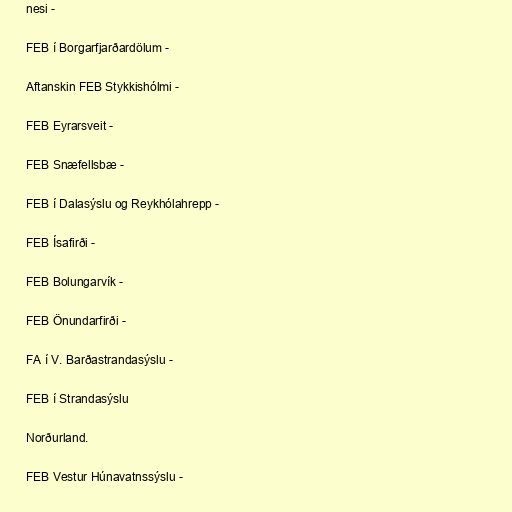
nesi -

FEB í Borgarfjarðardölum -

Aftanskin FEB Stykkishólmi -

FEB Eyrarsveit -

FEB Snæfellsbæ -

FEB í Dalasýslu og Reykhólahrepp -

FEB Ísafirði -

FEB Bolungarvík -

FEB Önundarfirði -

FA í V. Barðastrandasýslu -

FEB í Strandasýslu

Norðurland.

FEB Vestur Húnavatnssýslu -